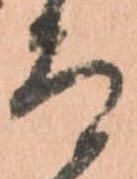
而